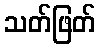
သတ်ဖြတ်